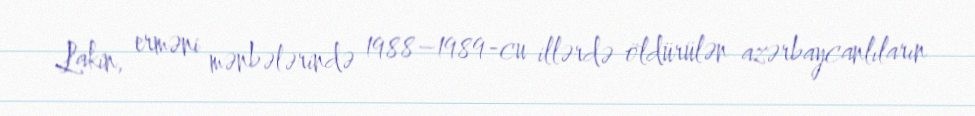
Lakin, erməni mənbələrində 1988–1989-cu illərdə öldürülən azərbaycanlıların